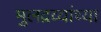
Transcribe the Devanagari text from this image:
मुलद्रव्यांच्या